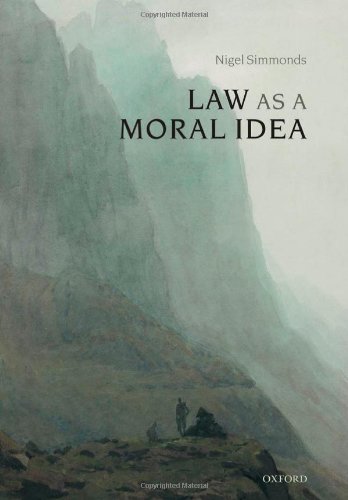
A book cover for Law as a Moral Idea; Nigel Simmonds; Law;